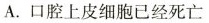
A.口腔上皮细胞已经死亡